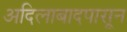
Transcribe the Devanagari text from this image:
अदिलाबादपासून